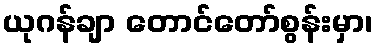
ယုဂန်ချာ တောင်တော်စွန်းမှာ၊